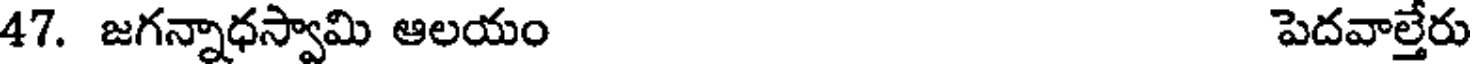
47. జగన్నాధస్వామి ఆలయం పెదవాల్తేరు